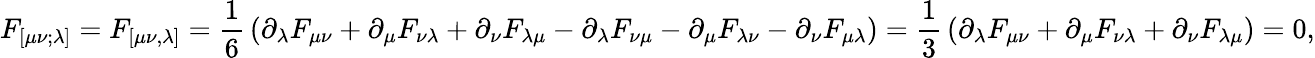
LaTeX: F_{[\mu\nu;\lambda]}=F_{[\mu\nu,\lambda]}={\frac{1}{6}}\left(\partial_{\lambda}F_{\mu\nu}+\partial_{\mu}F_{\nu\lambda}+\partial_{\nu}F_{\lambda\mu}-\partial_{\lambda}F_{\nu\mu}-\partial_{\mu}F_{\lambda\nu}-\partial_{\nu}F_{\mu\lambda}\right)={\frac{1}{3}}\left(\partial_{\lambda}F_{\mu\nu}+\partial_{\mu}F_{\nu\lambda}+\partial_{\nu}F_{\lambda\mu}\right)=0,